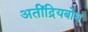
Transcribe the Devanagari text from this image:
अतींद्रियबोध